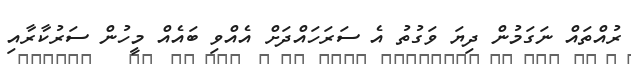
ރުއްތައް ނަގަމުން ދިޔަ ވަގުތު އެ ސަރަހައްދަށް އެއްވި ބައެއް މީހުން ސަރުކާރާއި